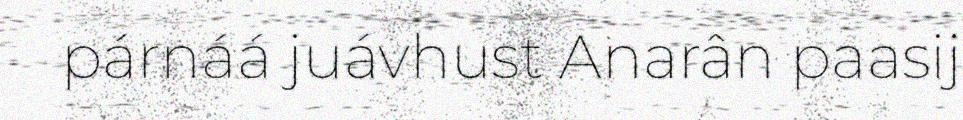
párnáá juávhust Anarân paasij